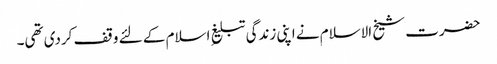
حضرت شیخ الاسلام نے اپنی زندگی تبلیغِ اسلام کے لئے وقف کردی تھی۔